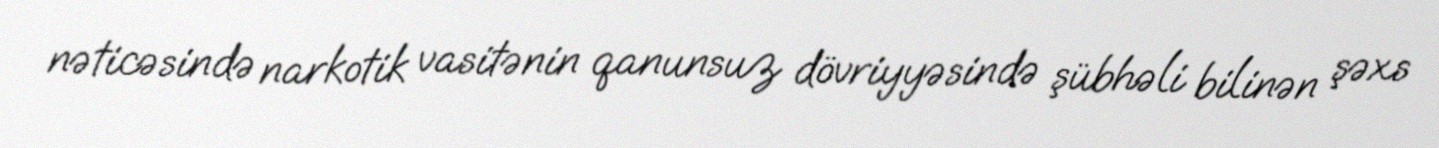
nəticəsində narkotik vasitənin qanunsuz dövriyyəsində şübhəli bilinən şəxs